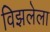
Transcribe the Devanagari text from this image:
विझलेला